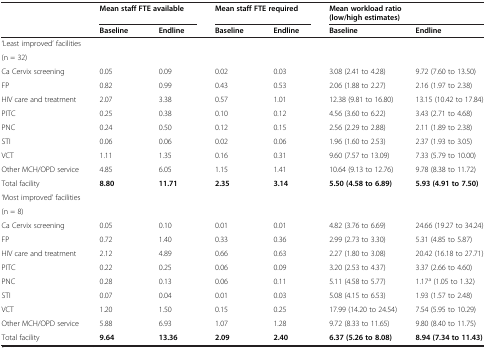
<table><thead><tr><td><b> </b></td><td colspan="2"><b>Mean staff FTE available</b></td><td colspan="2"><b>Mean staff FTE required</b></td><td colspan="2"><b>Mean workload ratio (low/high estimates)</b></td></tr><tr><td><b> </b></td><td><b>Baseline</b></td><td><b>Endline</b></td><td><b>Baseline</b></td><td><b>Endline</b></td><td><b>Baseline</b></td><td><b>Endline</b></td></tr></thead><tbody><tr><td>‘Least improved’ facilities</td><td rowspan="2"> </td><td rowspan="2"> </td><td rowspan="2"> </td><td rowspan="2"> </td><td rowspan="2"> </td><td rowspan="2"> </td></tr><tr><td>(n = 32)</td></tr><tr><td>Ca Cervix screening</td><td>0.05</td><td>0.09</td><td>0.02</td><td>0.03</td><td>3.08 (2.41 to 4.28)</td><td>9.72 (7.60 to 13.50)</td></tr><tr><td>FP</td><td>0.82</td><td>0.99</td><td>0.43</td><td>0.53</td><td>2.06 (1.88 to 2.27)</td><td>2.16 (1.97 to 2.38)</td></tr><tr><td>HIV care and treatment</td><td>2.07</td><td>3.38</td><td>0.57</td><td>1.01</td><td>12.38 (9.81 to 16.80)</td><td>13.15 (10.42 to 17.84)</td></tr><tr><td>PITC</td><td>0.25</td><td>0.38</td><td>0.10</td><td>0.12</td><td>4.56 (3.60 to 6.22)</td><td>3.43 (2.71 to 4.68)</td></tr><tr><td>PNC</td><td>0.24</td><td>0.50</td><td>0.12</td><td>0.15</td><td>2.56 (2.29 to 2.88)</td><td>2.11 (1.89 to 2.38)</td></tr><tr><td>STI</td><td>0.06</td><td>0.06</td><td>0.02</td><td>0.06</td><td>1.96 (1.60 to 2.53)</td><td>2.37 (1.93 to 3.05)</td></tr><tr><td>VCT</td><td>1.11</td><td>1.35</td><td>0.16</td><td>0.31</td><td>9.60 (7.57 to 13.09)</td><td>7.33 (5.79 to 10.00)</td></tr><tr><td>Other MCH/OPD service</td><td>4.85</td><td>6.05</td><td>1.15</td><td>1.41</td><td>10.64 (9.13 to 12.76)</td><td>9.78 (8.38 to 11.72)</td></tr><tr><td>Total facility</td><td><b>8.80</b></td><td><b>11.71</b></td><td><b>2.35</b></td><td><b>3.14</b></td><td><b>5.50 (4.58 to 6.89)</b></td><td><b>5.93 (4.91 to 7.50)</b></td></tr><tr><td>‘Most improved’ facilities</td><td rowspan="2"> </td><td rowspan="2"> </td><td rowspan="2"> </td><td rowspan="2"> </td><td rowspan="2"> </td><td rowspan="2"> </td></tr><tr><td>(n = 8)</td></tr><tr><td>Ca Cervix screening</td><td>0.05</td><td>0.10</td><td>0.01</td><td>0.01</td><td>4.82 (3.76 to 6.69)</td><td>24.66 (19.27 to 34.24)</td></tr><tr><td>FP</td><td>0.72</td><td>1.40</td><td>0.33</td><td>0.36</td><td>2.99 (2.73 to 3.30)</td><td>5.31 (4.85 to 5.87)</td></tr><tr><td>HIV care and treatment</td><td>2.12</td><td>4.89</td><td>0.66</td><td>0.63</td><td>2.27 (1.80 to 3.08)</td><td>20.42 (16.18 to 27.71)</td></tr><tr><td>PITC</td><td>0.22</td><td>0.25</td><td>0.06</td><td>0.09</td><td>3.20 (2.53 to 4.37)</td><td>3.37 (2.66 to 4.60)</td></tr><tr><td>PNC</td><td>0.28</td><td>0.13</td><td>0.06</td><td>0.11</td><td>5.11 (4.58 to 5.77)</td><td>1.17<sup>a</sup> (1.05 to 1.32)</td></tr><tr><td>STI</td><td>0.07</td><td>0.04</td><td>0.01</td><td>0.03</td><td>5.08 (4.15 to 6.53)</td><td>1.93 (1.57 to 2.48)</td></tr><tr><td>VCT</td><td>1.20</td><td>1.50</td><td>0.15</td><td>0.25</td><td>17.99 (14.20 to 24.54)</td><td>7.54 (5.95 to 10.29)</td></tr><tr><td>Other MCH/OPD service</td><td>5.88</td><td>6.93</td><td>1.07</td><td>1.28</td><td>9.72 (8.33 to 11.65)</td><td>9.80 (8.40 to 11.75)</td></tr><tr><td>Total facility</td><td><b>9.64</b></td><td><b>13.36</b></td><td><b>2.09</b></td><td><b>2.40</b></td><td><b>6.37 (5.26 to 8.08)</b></td><td><b>8.94 (7.34 to 11.43)</b></td></tr></tbody></table>